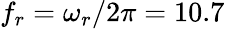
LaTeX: f_{r}=\omega_{r}/2\pi=10.7